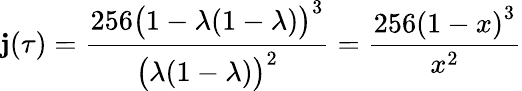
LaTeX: \mathbf{j}(\tau)={\frac{{256{\bigl(}1-\lambda(1-\lambda){\bigr)}^{3}}}{{{\bigl(}\lambda(1-\lambda){\bigr)}^{2}}}}={\frac{{256\left(1-x\right)^{3}}}{{x^{2}}}}